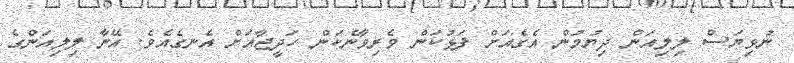
ނުވިޔަސް ލިލިއަން ދިޔުމުން އެގެއަށް ފަޅުކަން ވެރިވާނެކަން ހަދީޖާއަށް އެނގެއެވެ. އޭނާ ލިލިއަންގެ